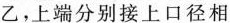
乙，上端分别接上口径相